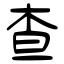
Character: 查